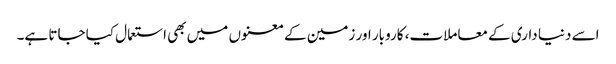
اسے دنیا داری کے معاملات، کاروبار اور زمین کے معنوں میں بھی استعمال کیا جاتا ہے۔